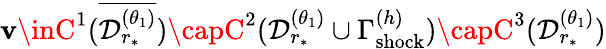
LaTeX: \mathbf{v}\inC^{1}(\overline{{{\mathcal{{D}}_{r_{*}}^{(\theta_{1})}}}})\capC^{2}(\mathcal{{D}}_{r_{*}}^{(\theta_{1})}\cup\Gamma_{\mathrm{{shock}}}^{(h)})\capC^{3}(\mathcal{{D}}_{r_{*}}^{(\theta_{1})})